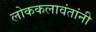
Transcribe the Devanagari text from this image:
लोककलावंतांनी